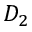
D _ { 2 }